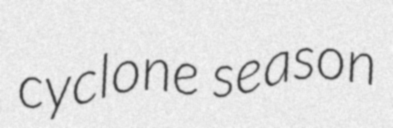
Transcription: cyclone season